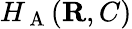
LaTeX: H_{\mathrm{~A~}}({\mathbf{R}},C)